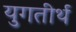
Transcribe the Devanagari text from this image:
युगतीर्थ